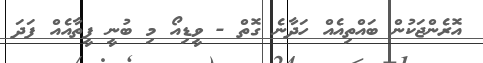
އޮރެންޖަކުން ބައްތިއެއް ހަދާނެ ގޮތް - ވީޑިއޯ މި ބުނީ ފީތާއެއް ފަދަ